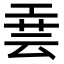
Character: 𫶮